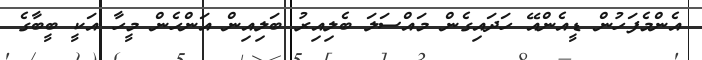
އެންމެފަހުން ޑީއެންއޭ ހަދައިގެން މައްސަލަ ބެލިއިރު ބަލިއިން އަންހެން މީހާ އަކީ ބީބާގެ